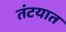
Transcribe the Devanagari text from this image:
तंटयात